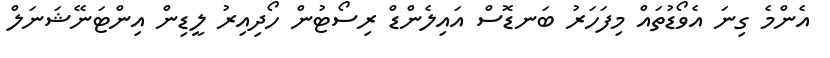
އެންމެ ގިނަ އެވޯޑުތައް މިފަހަރު ބަނޑޮސް އައިލެންޑް ރިސޯޓުން ހޯދިއިރު ލީޑިން އިންޓަނޭޝަނަލް